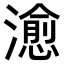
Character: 𤀒